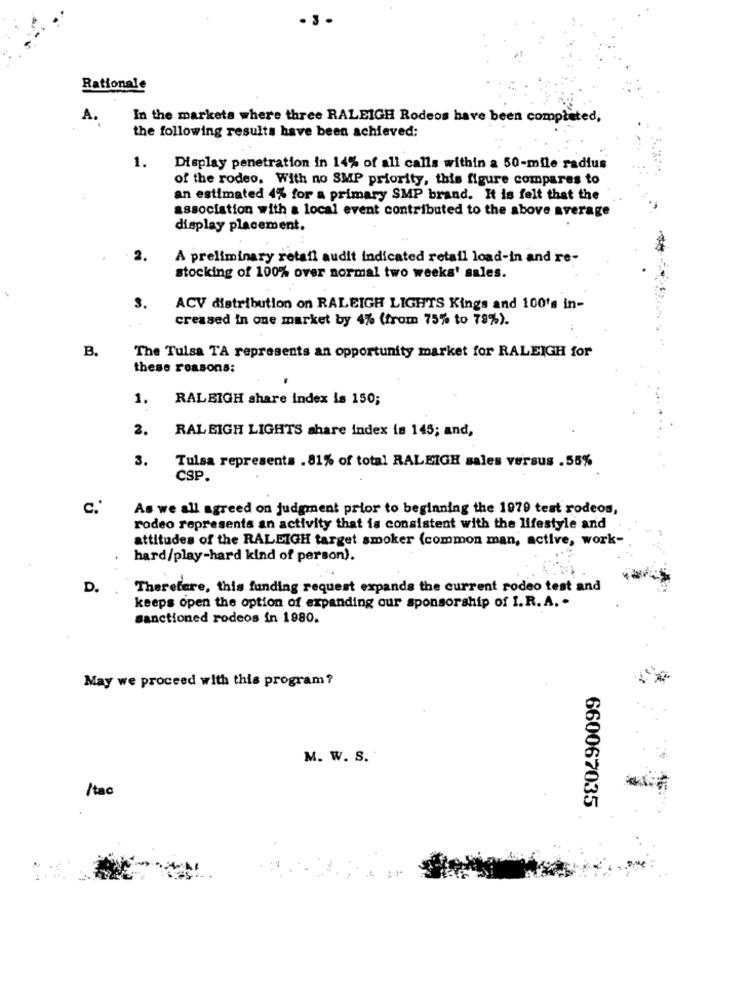
.3.
Rationale
A.
In the markets where three RALEIGH Rodeos have been completed,
the following results have been achieved:
1.
Display penetration in 14% of all calls within a 50-mile radius
of the rodeo, With no SMP priority, this figure compares to
an estimated 4% for a primary SMP brand. It is felt that the
association with a local event contributed to the above average
display placement.
A preliminary retail audit indicated retail load-in and re-
stocking of 100% over normal two weeks' sales.
3.
ACV distribution on RALEIGH LIGHTS Kings and 100's in-
creased in one market by 4% (from 75% to 79%).
B.
The Tulsa TA represents an opportunity market for RALEIGH for
these reasons:
1.
RALEIGH share index is 150;
2.
RALEIGH LIGHTS share index is 145; and,
3.
Tulsa represents . 81% of total RALEIGH sales versus .55%
CSP.
c .*
As we all agreed on judgment prior to beginning the 1979 test rodeos,
rodeo represents an activity that is consistent with the lifestyle and
attitudes of the RALEIGH target smoker (common man, active, work-
hard/play-hard kind of person).
D.
Therefere, this funding request expands the current rodeo test and
keeps open the option of expanding our sponsorship of I.R. A. .
sanctioned rodeos in 1980.
May we proceed with this program?
M. W. S.
/tac
660067035